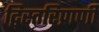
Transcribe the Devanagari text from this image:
द्विस्तरिप्राणी